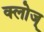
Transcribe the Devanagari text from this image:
क्लोज्